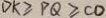
D K \geq P Q \geq C D